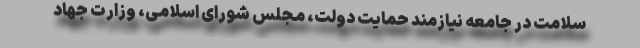
سلامت در جامعه نیازمند حمایت دولت، مجلس شورای اسلامی، وزارت جهاد